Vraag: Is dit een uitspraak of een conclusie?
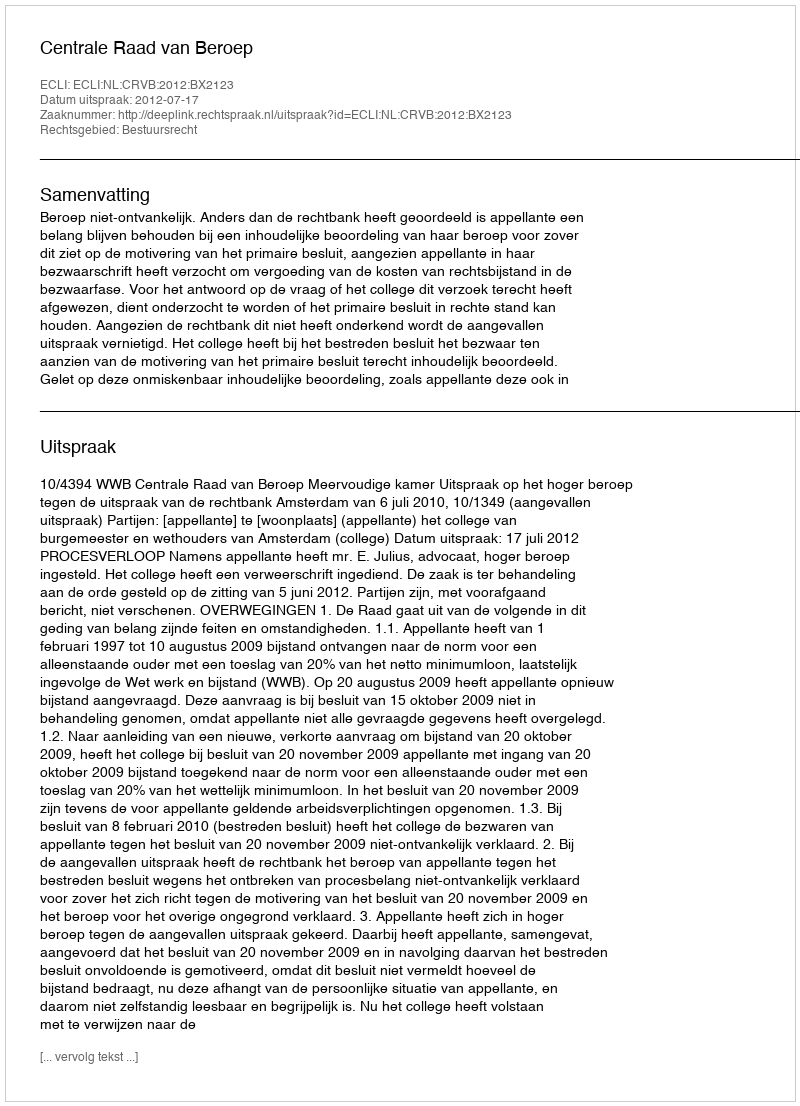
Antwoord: Uitspraak